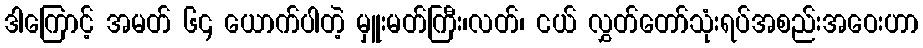
ဒါကြောင့် အမတ် ၆၄ ယောက်ပါတဲ့ မှူးမတ်ကြီး၊လတ်၊ ငယ် လွှတ်တော်သုံးရပ်အစည်းအဝေးဟာ